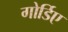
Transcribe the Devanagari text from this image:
गोर्डिए